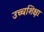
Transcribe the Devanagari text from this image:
उच्चशिक्षा